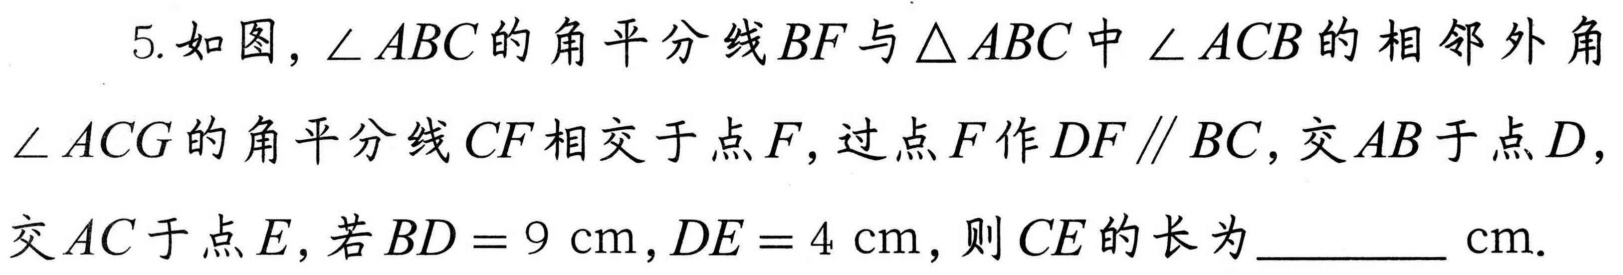
5. 如图，\(\angle ABC\)的角平分线\(BF\)与\(\triangle ABC\)中\(\angle ACB\)的相邻外角
\(\angle ACG\)的角平分线\(CF\)相交于点\(F\)，过点\(F\)作\(DF\parallel BC\)，交\(AB\)于点\(D\)，
交\(AC\)于点\(E\)，若\(BD = 9\mathrm{cm},DE = 4\mathrm{cm}\)，则\(CE\)的长为________\(\mathrm{cm}\).